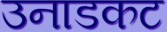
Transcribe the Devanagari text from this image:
उनाडकट